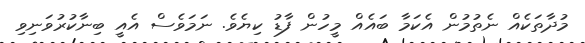
މުދާތަކެއް ނެތުމުން އެކަމާ ބައެއްް މީހުން ފާޑު ކިޔެވެ. ނަމަވެސް އެެއީ ބިނާކުރުވަނިވި